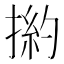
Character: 𢰹